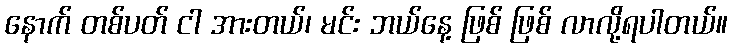
နောက် တစ်ပတ် ငါ အားတယ်၊ မင်း ဘယ်နေ့ ဖြစ် ဖြစ် လာလို့ရပါတယ်။